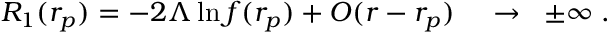
R _ { 1 } ( r _ { p } ) = - 2 \Lambda \ln f ( r _ { p } ) + { \cal O } ( r - r _ { p } ) \; \; \; \; \to \; \; \pm \infty \; .